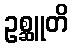
ဥစ္ဆူတိ